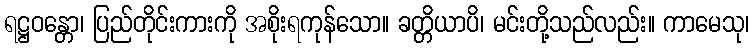
ရဋ္ဌဝန္တော၊ ပြည်တိုင်းကားကို အစိုးရကုန်သော။ ခတ္တိယာပိ၊ မင်းတို့သည်လည်း။ ကာမေသု၊